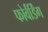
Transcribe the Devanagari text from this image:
फोर्वर्डिंग